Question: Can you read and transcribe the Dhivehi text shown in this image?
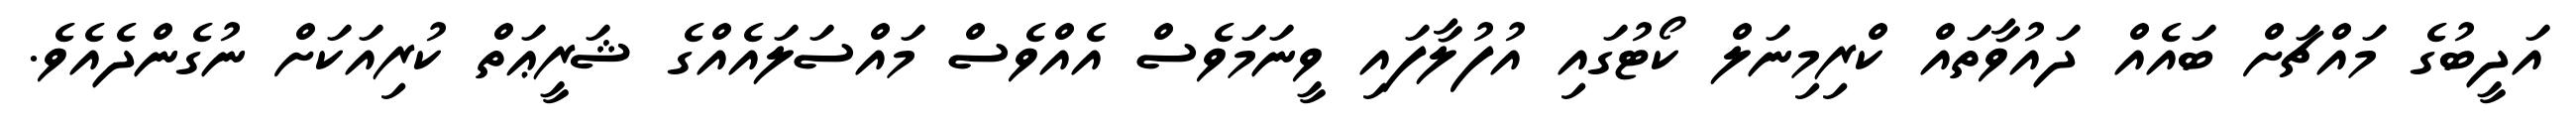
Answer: އަދީބުގެ މައްޗަށް ބައެއް ދައުވާތައް ކްރިމިނަލް ކޯޓުގައި އުފުލާފައި ވީނަމަވެސް އެއްވެސް މައްސަލައެއްގެ ޝަރީޢަތް ކުރިއަކަށް ނުގެންދެއެވެ.